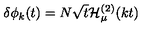
\delta \phi _ { k } ( t ) = N \sqrt { t } { \cal H } _ { \mu } ^ { ( 2 ) } ( k t )